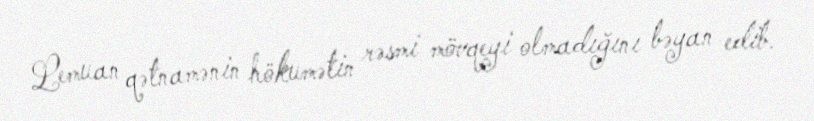
Lemuan qətnamənin hökumətin rəsmi mövqeyi olmadığını bəyan edib.